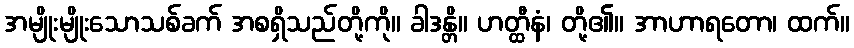
အမျိုးမျိုးသောသစ်ခက် အစရှိသည်တို့ကို။ ခါဒန္တိ။ ဟတ္ထီနံ၊ တို့၏။ အာဟာရတော၊ ထက်။